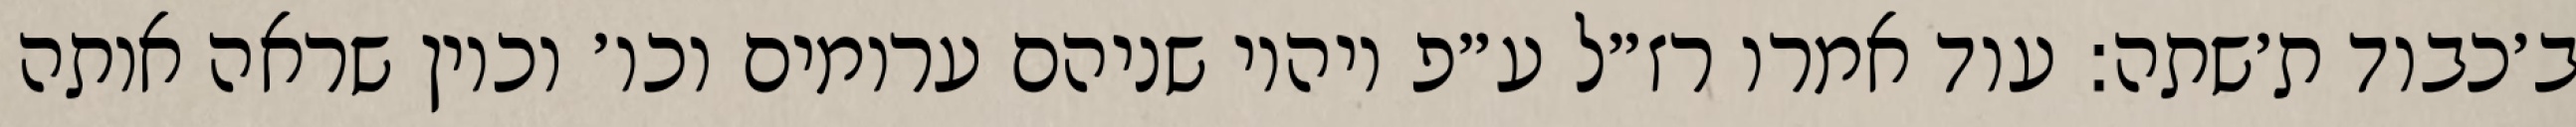
ב׳כבוד ת׳שתה: עוד אמרו רז״ל ע״פ ויהיו שניהם ערומים וכו׳ וכיון שראה אותה